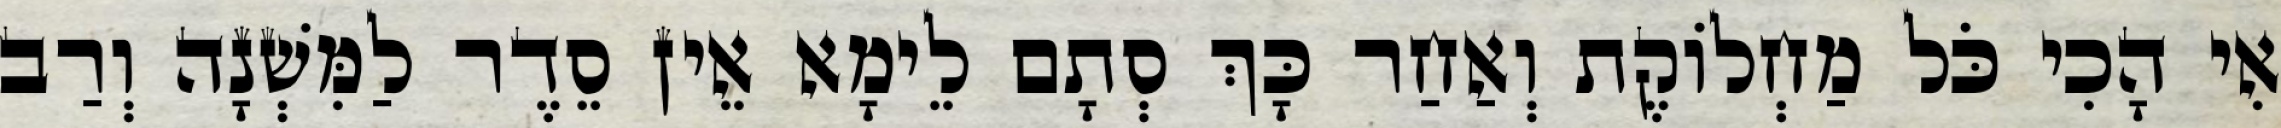
אִי הָכִי כֹּל מַחְלוֹקֶת וְאַחַר כָּךְ סְתָם לֵימָא אֵין סֵדֶר לַמִּשְׁנָה וְרַב